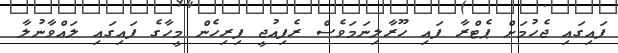
ފައިގައި ޖެހުމަށް ޕެޓްރާ ފައި ހޫރާލިނަމަވެސް ރެފިއުޖީ ފިރިހެން މީހާގެ ފައިގައި ލައްވާނުލާ